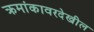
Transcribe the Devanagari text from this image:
क्रमांकावरदेखील